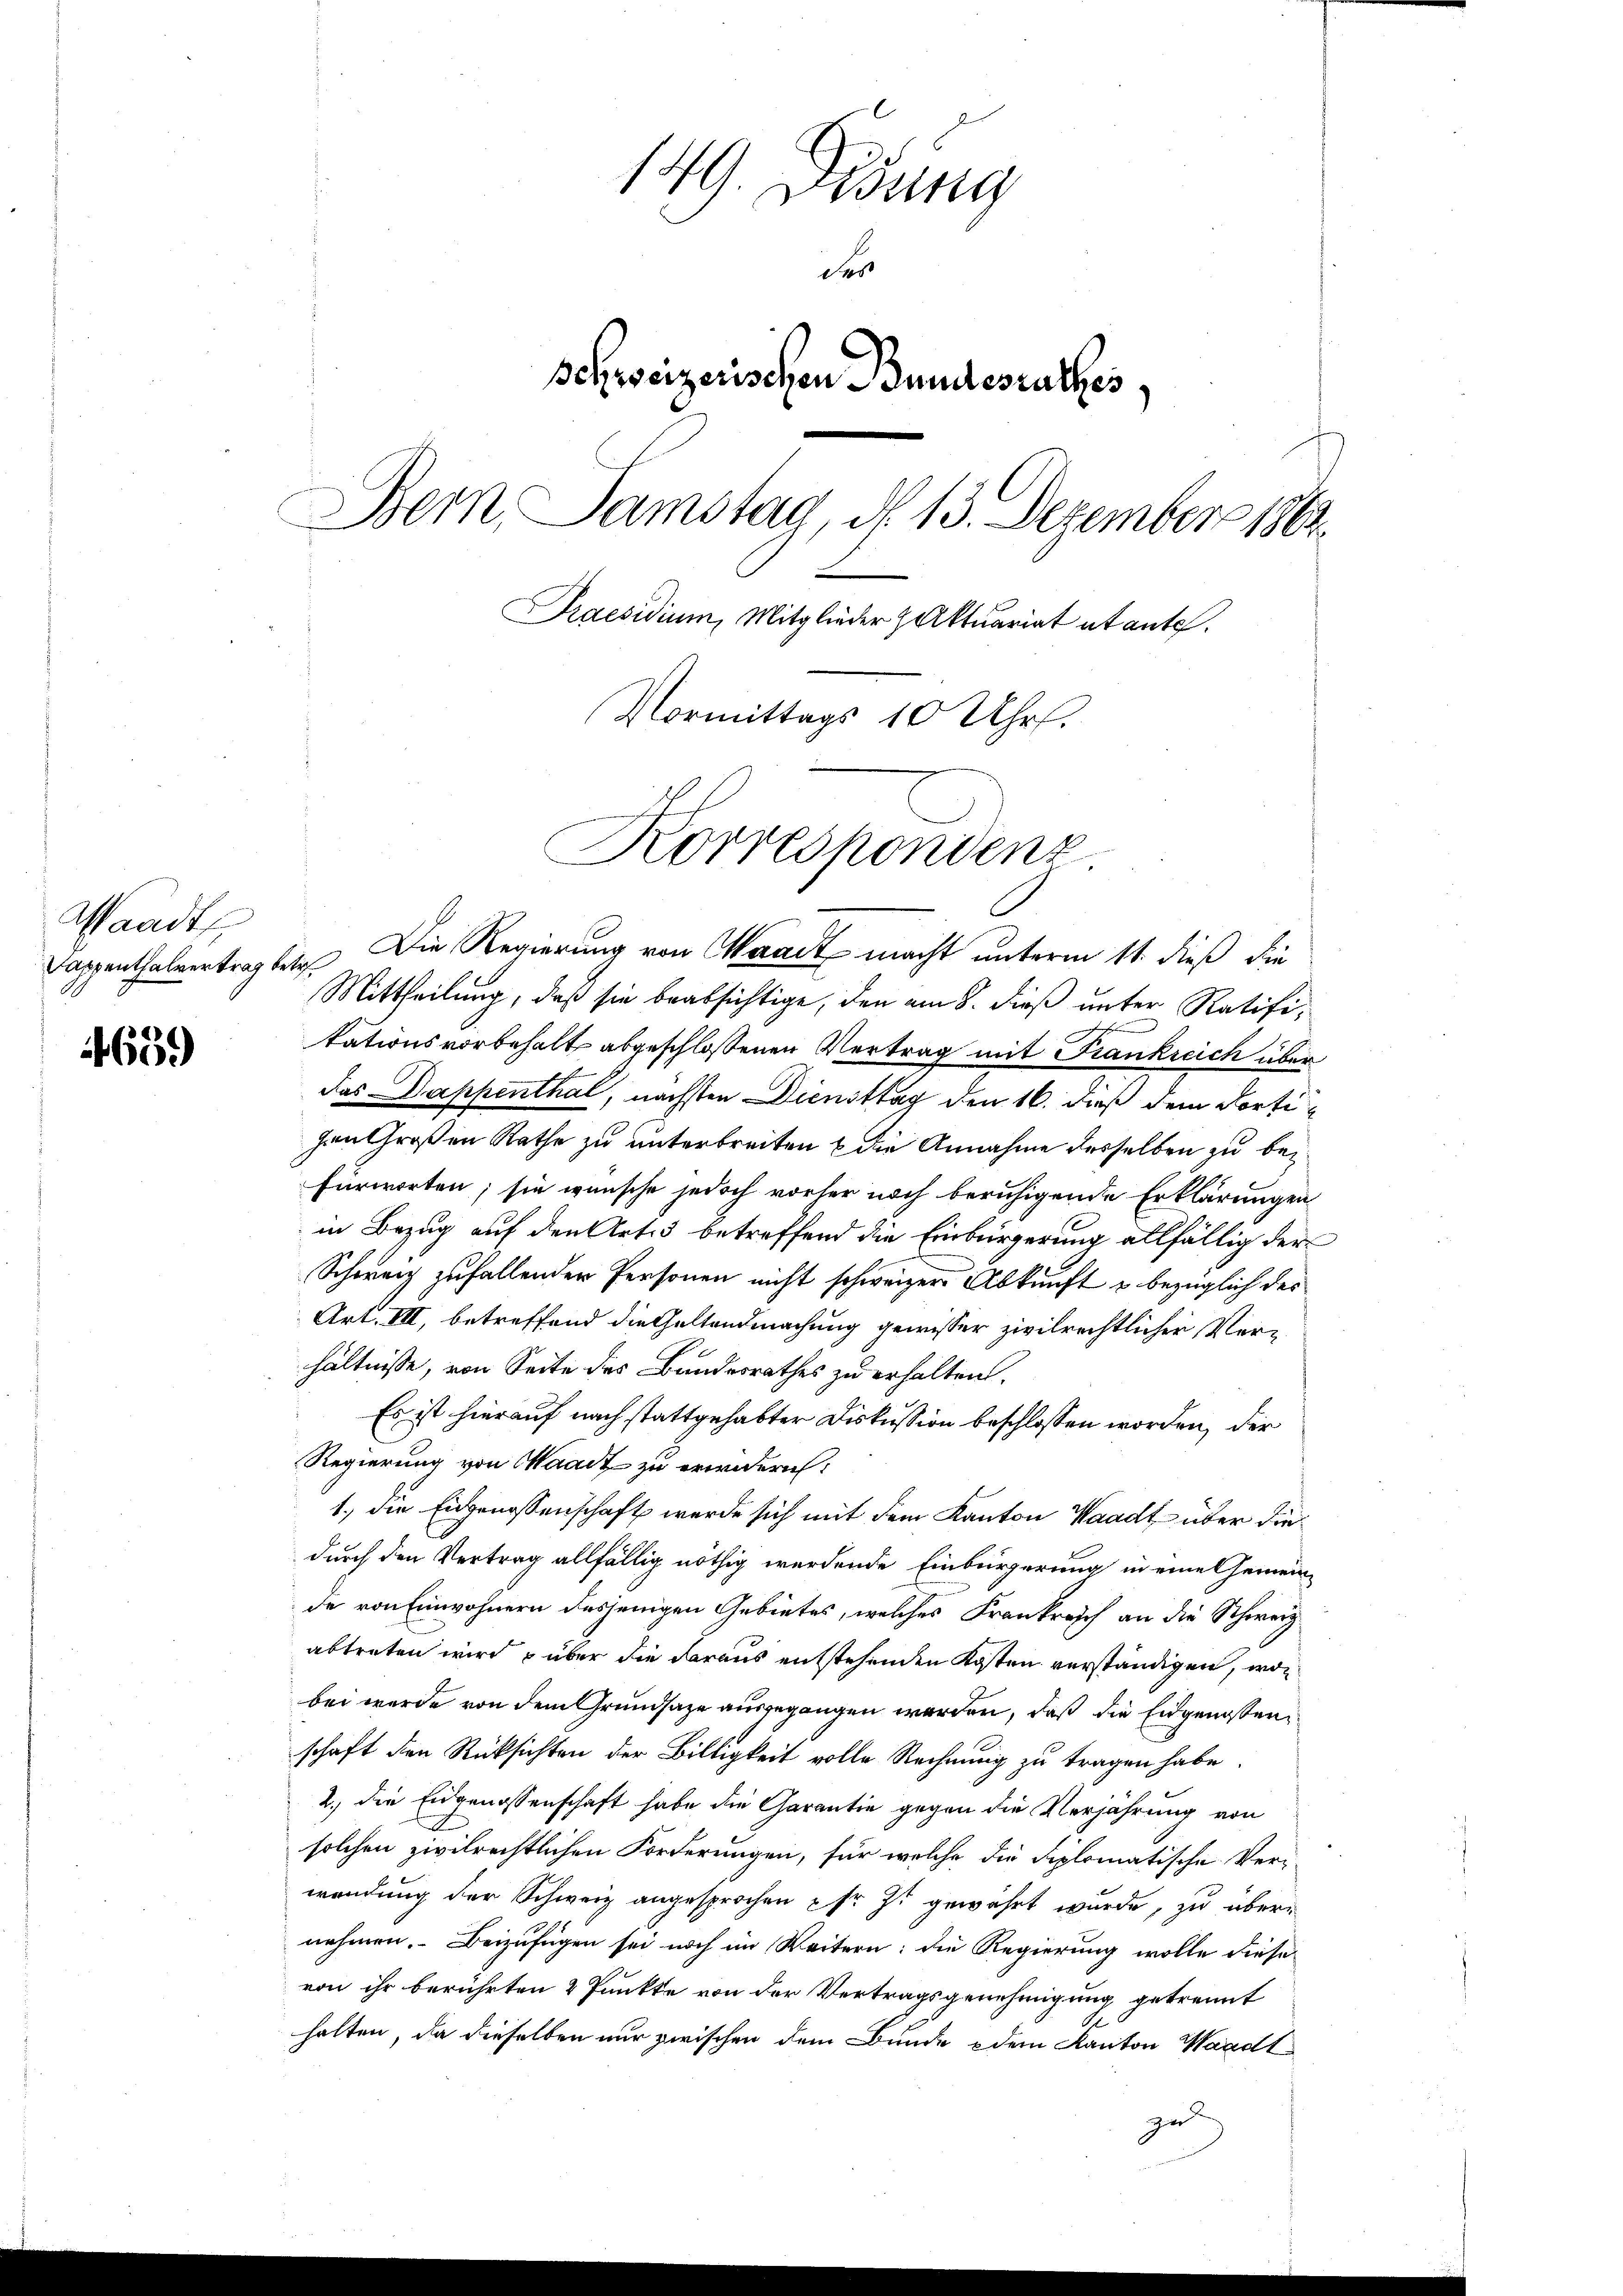
Waadt

659

149. Disung
des
schweizerischen Bundesrathes,
Bern, Samstag d. 13. Dezember 1863.
Praesidium, Mitglieder Aktuariat et ante.
Vormittags 10 Uhr.
Korrespondenz.

Dappenthalvertraget. Die Regierung von Waadt macht unterm 11. dieß die
Mittheilung, daß sie beabsichtige, den am 8. dieß unter Ratifitationsvorbehalt abgeschlossenen Vertrag mit Frankreich über
Das Dappenthal, nächsten Diensttag den 16. dieß dem dortigan Großen Rathe zu unterbreiten & die Annahme desselben zu bei¬
Fürworten; sie wünsche jedoch vorher noch beruhigende Erklärungen
in Bezug auf den Art. 3 betreffend die Einbürgerung allfällig der
Schweiz zufallenden Personen nicht schweizer Abkunft u bezüglich des
Art. III, betreffend die Geltendmachung gewisser zivilrechtlicher Ver-
hältnisse, von Seite des Bandesrathes zu erhalten.
Es ist hierauf nach stattgehabter Diskussion beschlossen worden, der
Regierung von Waadt zu erwidern:
1. die Eidgenossenschaft werde sich mit dem Kanton Waadt über die
durch den Vertrag allfällig nöthig werdende Einbürgerung in eines Gemein
de von Einwohnern desjenigen Gebietes, welches Frankreich an die Schweiz
abtreten wird, – über die daraus entstehenden Kosten verständigen, wobei wurde von dem Grundsaze ausgegangen werden, daß die Eidgenoßen,
schaft den Rücksichten der Billigkeit volle Rechnung zu tragen habe.
2.) die Eidgenossenschaft habe die Garantie gegen die Verjährung von
solchen zivilrechtlichen Forderungen, für welche die Diplomatische Verwendung der Schweiz angesprochen sr. Zt gewährt wurde, zu übernehmen. Beizufügen sei noch im Weitern: die Regierung wolle diese
von ihr berührten 2 Punkte von der Vertragsgenehmigung getrennt
halten, da dieselben nur zwischen dem Bunde dem Kanton Waadt
zu